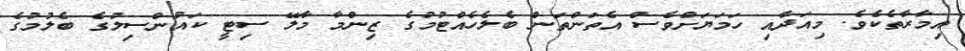
އިމާރާތެކެވެ. މިއަދާއި ހަމަޔަށްވެސް އެތަންތަން ބެލެހެއްޓުމުގެ ޒިންމާ މާލޭ ސިޓީ ކައުންސިލުގެ ބެލުމުގެ